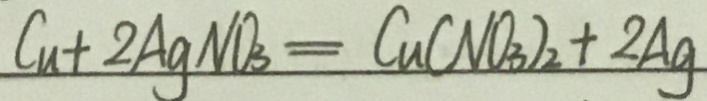
C u + 2 A g N O _ { 3 } = C u ( N O _ { 3 } ) _ { 2 } + 2 A g